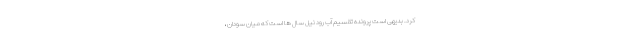
کرد. بدیهی است پرونده تقسیم آب رود نیل سال ها است که میان سودان ،